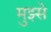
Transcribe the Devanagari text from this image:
मुझ्से